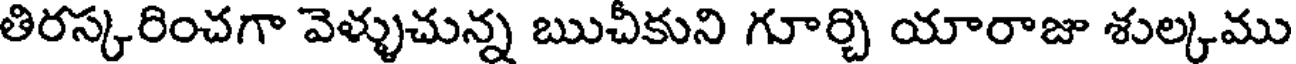
తిరస్కరించగా వెళ్ళుచున్న ఋచీకుని గూర్చి యారాజు శుల్కము